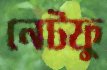
নেটফু